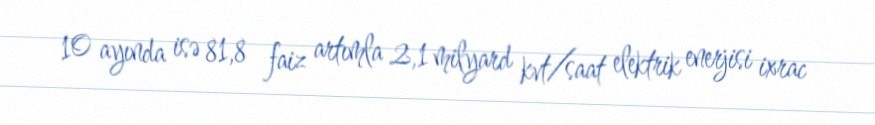
10 ayında isə 81,8 faiz artımla 2,1 milyard kvt/saat elektrik enerjisi ixrac